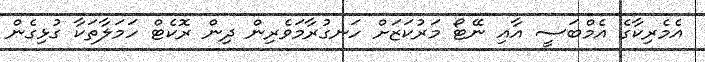
އެމެރިކާގެ އެމްބަސީ އާއި ނޭޓޯ މަރުކަޒަށް ހަނގުރާމަވެރިން ދިން ރޮކެޓް ހަމަލާތަކާ ގުޅިގެން